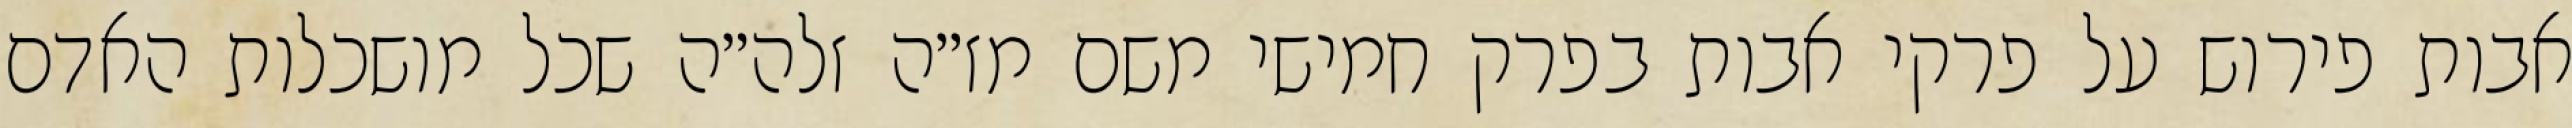
אבות פירוש על פרקי אבות בפרק חמישי משם מז״ה זלה״ה שכל מושכלות האדם